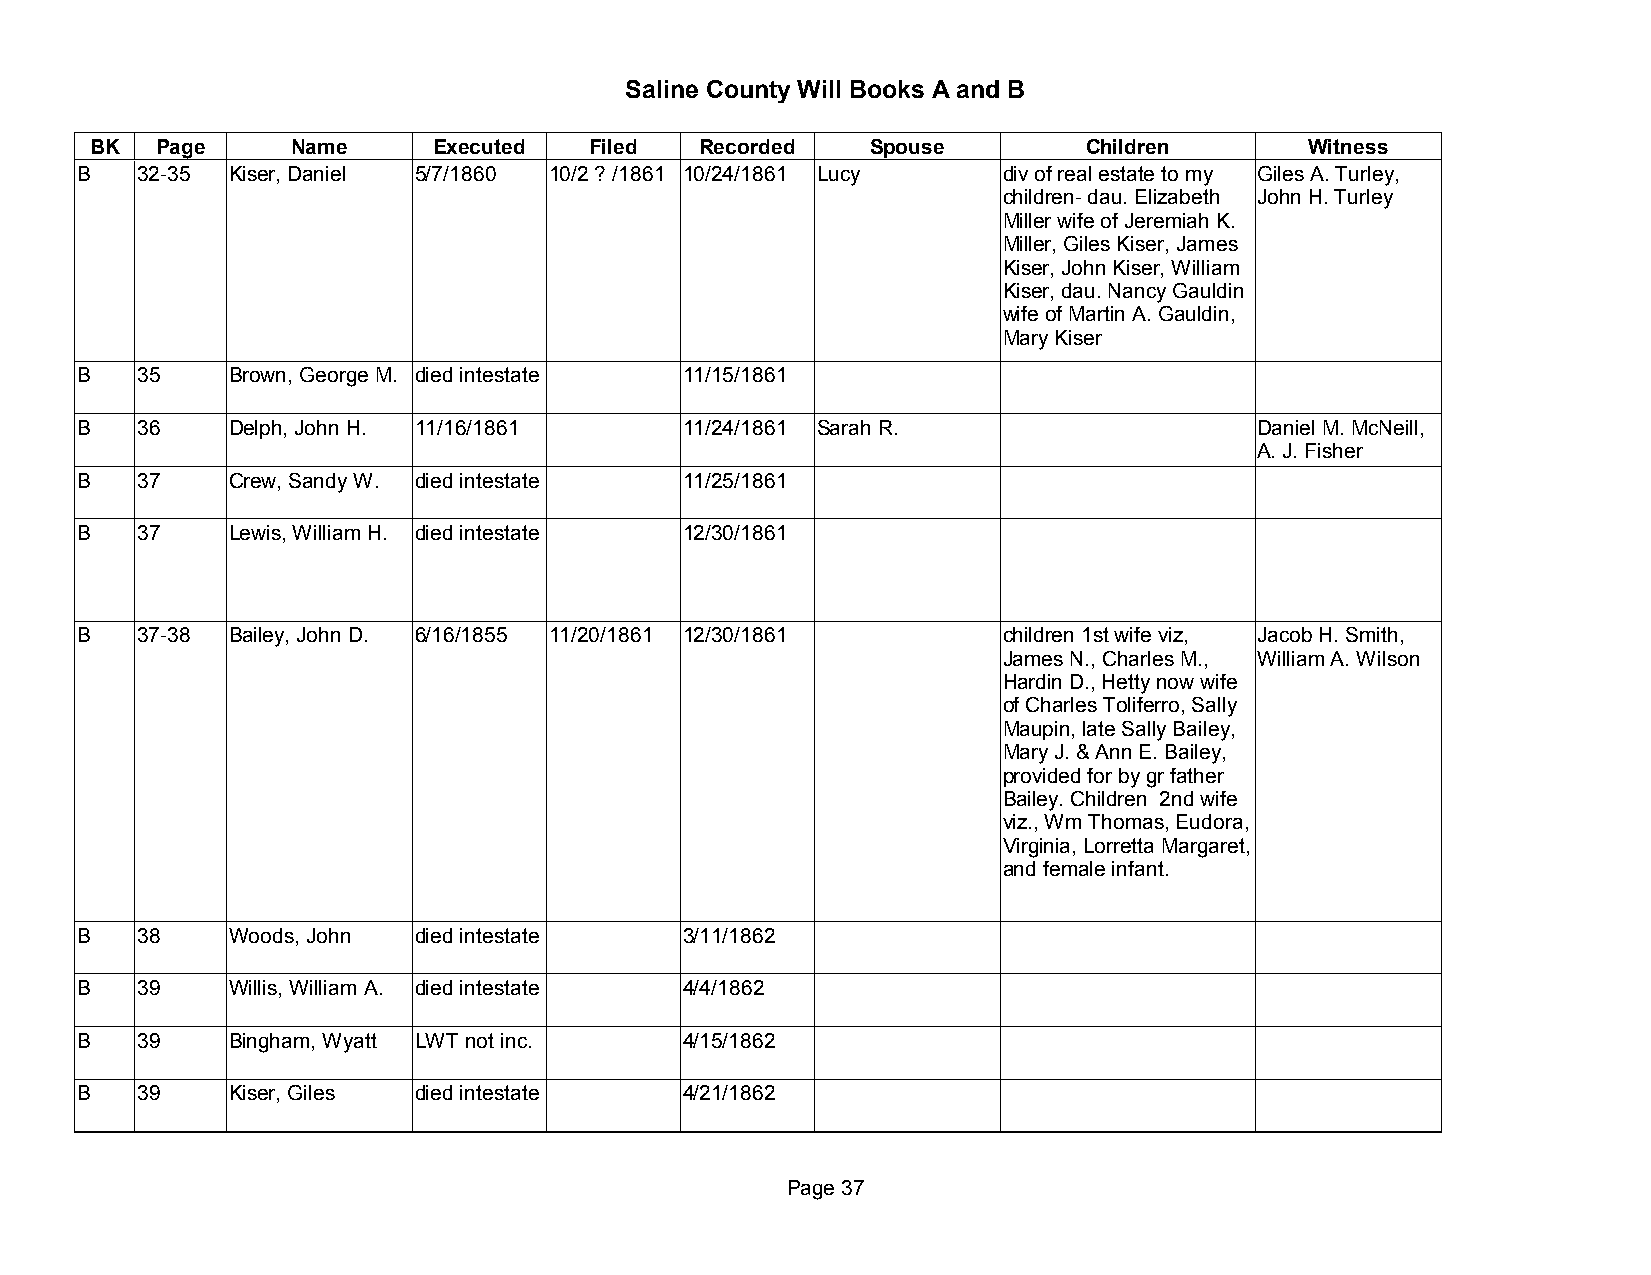
Saline County Will Books A and B
 BK  Page     Name      Executed  Filed  Recorded    Spouse        Children       Witness
 B   32-35 Kiser, Daniel 5/7/1860 10/2 ? /1861 10/24/1861 Lucy div of real estate to my Giles A. Turley,
 children- dau. Elizabeth John H. Turley
 Miller wife of Jeremiah K.
 Miller, Giles Kiser, James
 Kiser, John Kiser, William
 Kiser, dau. Nancy Gauldin
 wife of Martin A. Gauldin,
 Mary Kiser
 B   35    Brown, George M. died intestate 11/15/1861
 B   36    Delph, John H. 11/16/1861     11/24/1861 Sarah R.                   Daniel M. McNeill,
 A. J. Fisher
 B   37    Crew, Sandy W. died intestate 11/25/1861
 B   37    Lewis, William H. died intestate 12/30/1861
 B   37-38 Bailey, John D. 6/16/1855 11/20/1861 12/30/1861    children 1st wife viz, Jacob H. Smith,
 James N., Charles M., William A. Wilson
 Hardin D., Hetty now wife
 of Charles Toliferro, Sally
 Maupin, late Sally Bailey,
 Mary J. & Ann E. Bailey,
 provided for by gr father
 Bailey. Children 2nd wife
 viz., Wm Thomas, Eudora,
 Virginia, Lorretta Margaret,
 and female infant.
 B   38    Woods, John died intestate    3/11/1862
 B   39    Willis, William A. died intestate 4/4/1862
 B   39    Bingham, Wyatt LWT not inc.   4/15/1862
 B   39    Kiser, Giles died intestate   4/21/1862
 Page 37